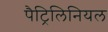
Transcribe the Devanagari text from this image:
पैट्रिलिनियल